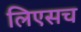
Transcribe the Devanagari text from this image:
लिएसच